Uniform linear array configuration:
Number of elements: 24
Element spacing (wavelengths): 0.75
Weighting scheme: blackman
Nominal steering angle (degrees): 15
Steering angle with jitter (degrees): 13.952
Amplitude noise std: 0.05
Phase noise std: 0.05

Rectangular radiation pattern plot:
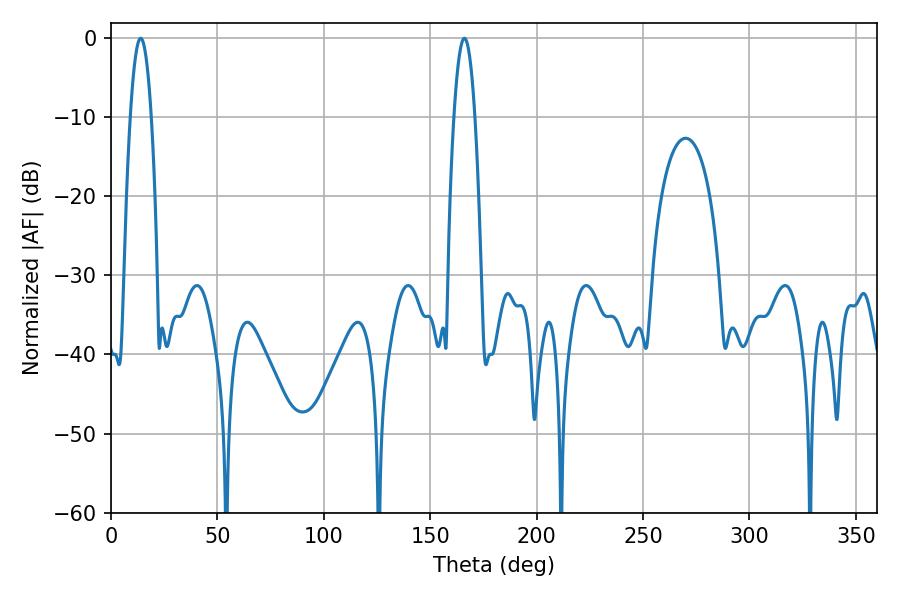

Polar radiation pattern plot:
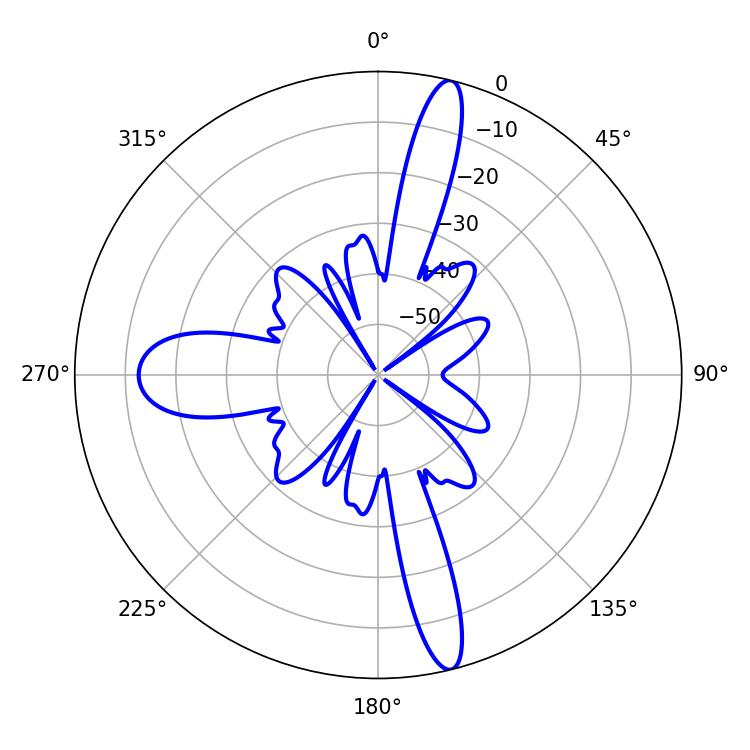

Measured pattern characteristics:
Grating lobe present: TRUE
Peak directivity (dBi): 17.634
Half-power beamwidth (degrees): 5.4
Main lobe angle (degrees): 13.86